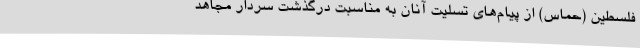
فلسطین (حماس) از پیام‌های تسلیت آنان به‌ مناسبت درگذشت سردار مجاهد